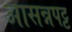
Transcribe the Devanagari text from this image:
आसन्नपट्ट